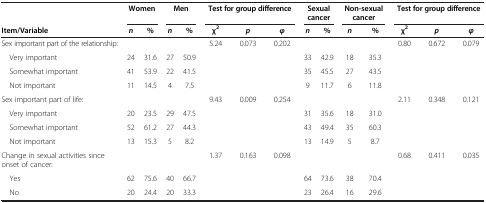
<table><thead><tr><td><b> </b></td><td colspan="2"><b>Women</b></td><td colspan="2"><b>Men</b></td><td colspan="3"><b>Test for group difference</b></td><td colspan="2"><b>Sexual cancer</b></td><td colspan="2"><b>Non-sexual cancer</b></td><td colspan="3"><b>Test for group difference</b></td></tr><tr><td><b>Item/Variable</b></td><td><b><i>n</i></b></td><td><b>%</b></td><td><b><i>n</i></b></td><td><b>%</b></td><td><b>χ<sup>2</sup></b></td><td><b><i>p</i></b></td><td><b><i>φ</i></b></td><td><b><i>n</i></b></td><td><b>%</b></td><td><b><i>n</i></b></td><td><b>%</b></td><td><b>χ<sup>2</sup></b></td><td><b><i>p</i></b></td><td><b><i>φ</i></b></td></tr></thead><tbody><tr><td>Sex important part of the relationship:</td><td> </td><td> </td><td> </td><td> </td><td>5.24</td><td>0.073</td><td>0.202</td><td> </td><td> </td><td> </td><td> </td><td>0.80</td><td>0.672</td><td>0.079</td></tr><tr><td> Very important</td><td>24</td><td>31.6</td><td>27</td><td>50.9</td><td> </td><td> </td><td> </td><td>33</td><td>42.9</td><td>18</td><td>35.3</td><td> </td><td> </td><td> </td></tr><tr><td> Somewhat important</td><td>41</td><td>53.9</td><td>22</td><td>41.5</td><td> </td><td> </td><td> </td><td>35</td><td>45.5</td><td>27</td><td>43.5</td><td> </td><td> </td><td> </td></tr><tr><td> Not important</td><td>11</td><td>14.5</td><td>4</td><td>7.5</td><td> </td><td> </td><td> </td><td>9</td><td>11.7</td><td>6</td><td>11.8</td><td> </td><td> </td><td> </td></tr><tr><td>Sex important part of life:</td><td> </td><td> </td><td> </td><td> </td><td>9.43</td><td>0.009</td><td>0.254</td><td> </td><td> </td><td> </td><td> </td><td>2.11</td><td>0.348</td><td>0.121</td></tr><tr><td> Very important</td><td>20</td><td>23.5</td><td>29</td><td>47.5</td><td> </td><td> </td><td> </td><td>31</td><td>35.6</td><td>18</td><td>31.0</td><td> </td><td> </td><td> </td></tr><tr><td> Somewhat important</td><td>52</td><td>61.2</td><td>27</td><td>44.3</td><td> </td><td> </td><td> </td><td>43</td><td>49.4</td><td>35</td><td>60.3</td><td> </td><td> </td><td> </td></tr><tr><td> Not important</td><td>13</td><td>15.3</td><td>5</td><td>8.2</td><td> </td><td> </td><td> </td><td>13</td><td>14.9</td><td>5</td><td>8.7</td><td> </td><td> </td><td> </td></tr><tr><td>Change in sexual activities since onset of cancer:</td><td> </td><td> </td><td> </td><td> </td><td>1.37</td><td>0.163</td><td>0.098</td><td> </td><td> </td><td> </td><td> </td><td>0.68</td><td>0.411</td><td>0.035</td></tr><tr><td> Yes</td><td>62</td><td>75.6</td><td>40</td><td>66.7</td><td> </td><td> </td><td> </td><td>64</td><td>73.6</td><td>38</td><td>70.4</td><td> </td><td> </td><td> </td></tr><tr><td> No</td><td>20</td><td>24.4</td><td>20</td><td>33.3</td><td> </td><td> </td><td> </td><td>23</td><td>26.4</td><td>16</td><td>29.6</td><td> </td><td> </td><td> </td></tr></tbody></table>